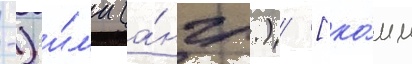
-) и́л'и (а́нгл.) [ко́мм